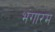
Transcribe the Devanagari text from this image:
भंगारम